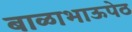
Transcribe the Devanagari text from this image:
बाळाभाऊपेठ